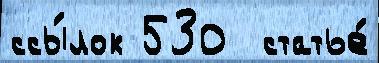
ссы́лок 530  статье́